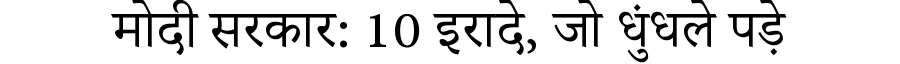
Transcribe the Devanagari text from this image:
मोदी सरकार: 10 इरादे, जो धुंधले पड़े